Treatise on elephants
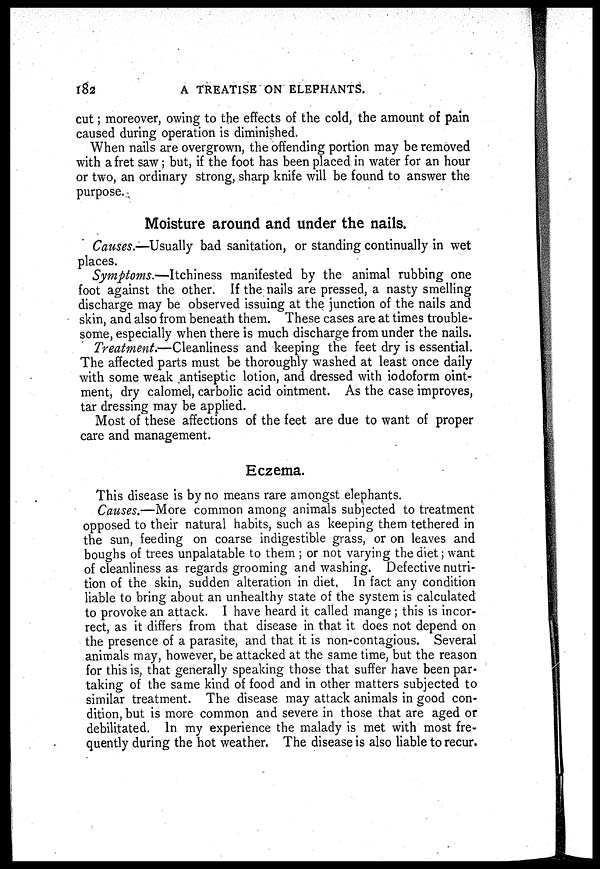
182
A TREATISE ON ELEPHANTS.
cut; moreover, owing to the effects of the cold, the amount of pain
caused during operation is diminished.
When nails are overgrown, the offending portion may be removed
with a fret saw; but, if the foot has been placed in water for an hour
or two, an ordinary strong, sharp knife will be found to answer the
purpose.
Moisture around and under the nails.
Causes.—Usually bad sanitation, or standing continually in wet
places.
Symptoms.—Itchiness manifested by the animal rubbing one
foot against the other. If the nails are pressed, a nasty smelling
discharge may be observed issuing at the junction of the nails and
skin, and also from beneath them. These cases are at times trouble-
some, especially when there is much discharge from under the nails.
Treatment.—Cleanliness and keeping the feet dry is essential.
The affected parts must be thoroughly washed at least once daily
with some weak antiseptic lotion, and dressed with iodoform oint-
ment, dry calomel, carbolic acid ointment. As the case improves,
tar dressing may be applied.
Most of these affections of the feet are due to want of proper
care and management.
Eczema.
This disease is by no means rare amongst elephants.
Causes.—More common among animals subjected to treatment
opposed to their natural habits, such as keeping them tethered in
the sun, feeding on coarse indigestible grass, or on leaves and
boughs of trees unpalatable to them ; or not varying the diet; want
of cleanliness as regards grooming and washing. Defective nutri-
tion of the skin, sudden alteration in diet. In fact any condition
liable to bring about an unhealthy state of the system is calculated
to provoke an attack. I have heard it called mange ; this is incor-
rect, as it differs from that disease in that it does not depend on
the presence of a parasite, and that it is non-contagious. Several
animals may, however, be attacked at the same time, but the reason
for this is, that generally speaking those that suffer have been par-
taking of the same kind of food and in other matters subjected to
similar treatment. The disease may attack animals in good con-
dition, but is more common and severe in those that are aged or
debilitated. In my experience the malady is met with most fre-
quently during the hot weather. The disease is also liable to recur.